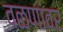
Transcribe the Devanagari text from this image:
वळणांवर